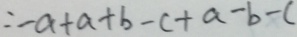
= - a + a + b - c + a - b - c